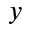
y